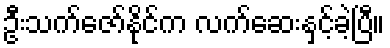
ဦးသက်ဇော်နိုင်က လက်ဆေးနှင့်ခဲ့ပြီ။